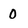
Character: 0